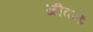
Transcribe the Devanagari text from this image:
जीवनः